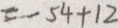
= - 5 4 + 1 2